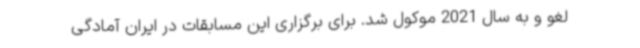
لغو و به سال 2021 موکول شد. برای برگزاری این مسابقات در ایران آمادگی